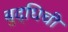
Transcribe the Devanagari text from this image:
बुद्धिची